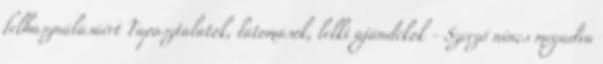
felhasználásáért Tapasztalatok, látomások, lelki ajándékok - Szerző nincs megadva